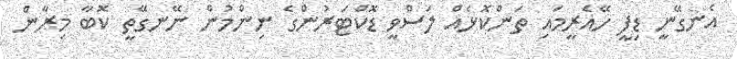
އެނގޭނީ ޑިފީ ހޭއެރީމައި ތަންކޮޅެއް ލަސްވީ ޑޮކްޓަރުންގެ ނިންމުން ނޭނގޭތީ ކޮބާ މިރާން